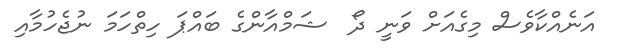
އަނެއްކާވެސް މިގެއަށް ވަނީ ދޯ  ޝަމްއާންގެ ބައްޕަ ހިތްހަމަ ނުޖެހުމާއި